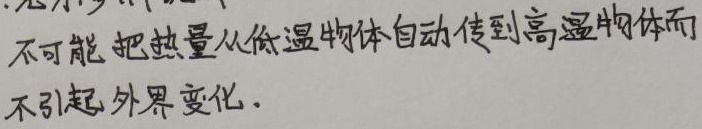
不可能把热量从低温物体自动传到高温物体而不引起外界变化.